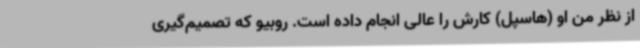
از نظر من او (هاسپل) کارش را عالی انجام داده است. روبیو که تصمیم‌گیری